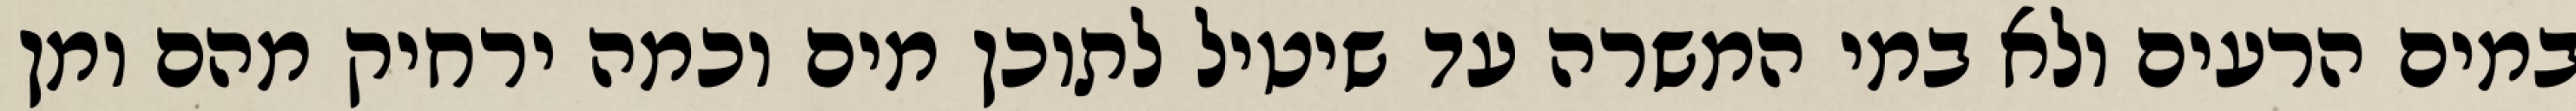
במים הרעים ולא במי המשרה עד שיטיל לתוכן מים וכמה ירחיק מהם ומן